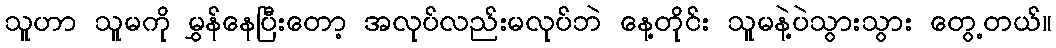
သူဟာ သူမကို မွှန်နေပြီးတော့ အလုပ်လည်းမလုပ်ဘဲ နေ့တိုင်း သူမနဲ့ပဲသွားသွား တွေ့တယ်။